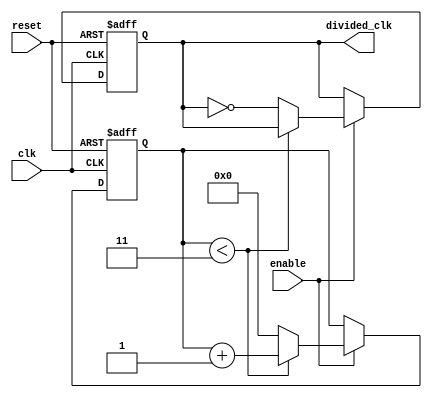
module FrequencyDividerCounter #(
    parameter DIV_FACTOR = 4 // Default division factor
) (
    input wire clk,          // Input clock signal
    input wire reset,        // Reset signal
    input wire enable,       // Enable signal
    output reg divided_clk    // Divided clock output
);

    // Internal counter
    reg [31:0] counter;      // Counter to keep track of clock cycles

    // Synchronous reset and counting logic
    always @(posedge clk or posedge reset) begin
        if (reset) begin
            counter <= 0;    // Reset counter to 0
            divided_clk <= 0; // Reset divided clock output
        end else if (enable) begin
            if (counter < DIV_FACTOR - 1) begin
                counter <= counter + 1; // Increment counter
            end else begin
                counter <= 0;            // Reset counter
                divided_clk <= ~divided_clk; // Toggle divided clock output
            end
        end
    end

endmodule